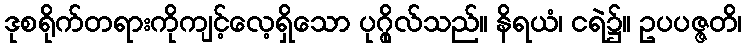
ဒုစရိုက်တရားကိုကျင့်လေ့ရှိသော ပုဂ္ဂိုလ်သည်။ နိရယံ၊ ငရဲ၌။ ဥပပဇ္ဇတိ၊